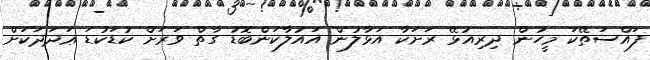
ފައްސަތޭކަ މީހުން ދިރިއުޅޭ ރަށަކާ އަޅާލުން އައުލާކަންބޮޑު ގާތް ވަރަށް ކުޑަކުޑަ ޢަދަދަކަށް